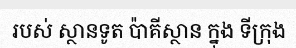
របស់ ស្ថានទូត ប៉ាគីស្ថាន ក្នុង ទីក្រុង